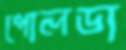
পোলডা